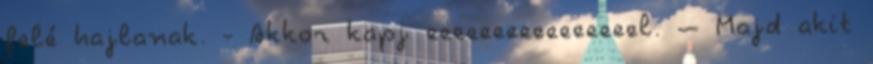
felé hajlanak. - Akkor kapj eeeeeeeeeeeeeeeel. – Majd akit